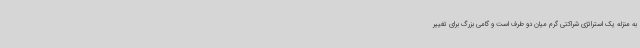
به منزله یک استراتژی شراکتی گرم میان دو طرف است و گامی بزرگ برای تغییر